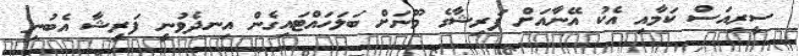
ސީރިއަސް ކަމާއި އެކު އޭނާއަށް ފަރިޝާގެ މޫނަށް ބަލަހައްޓައިގެން އިނދެވުނީ ފަރީޝާ އެބުނި